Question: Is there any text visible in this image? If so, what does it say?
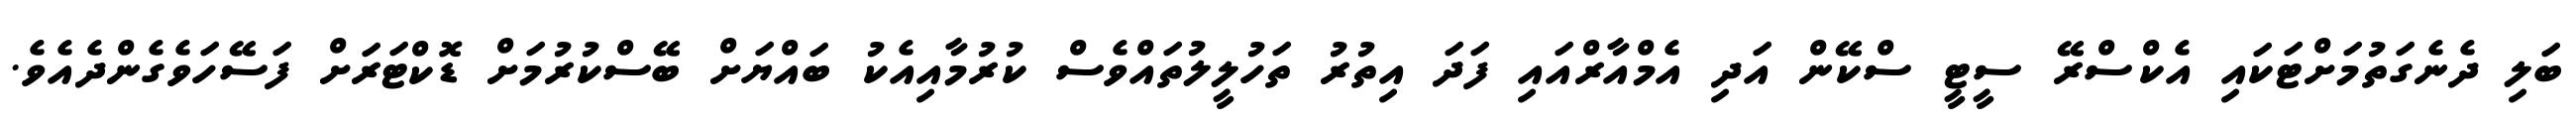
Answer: ބަލި ދެނެގަތުމަށްޓަކައި އެކްސްރޭ ސީޓީ ސްކޭން އަދި އެމްއާރްއައި ފަދަ އިތުރު ތަހުލީލުތައްވެސް ކުރުމާއިއެކު ބައްޔަށް ބޭސްކުރުމަށް ޑޮކްޓަރަށް ފަސޭހަވެގެންދެއެވެ.